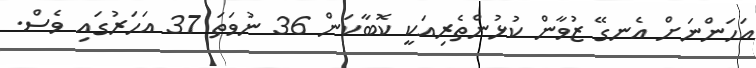
އަހަންނަށް އެނގޭ ޒުވާން ކުޅުންތެރިއަކީ ކޮބާކަން 36 ނުވަތަ 37 އަހަރުގައި ވެސް.